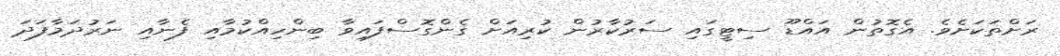
ރަށްތަކަށެވެ. އެގޮތުން އައްޑޫ ސިޓީގައި ސަރުކާރުން ކުރިއަށް ގެންގޮސްފައިވާ ބިންހިއްކުމާއި ފެނާއި ނަރުދަމާފަދަ